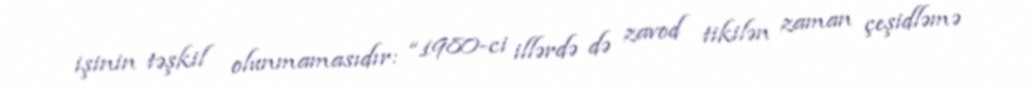
işinin təşkil olunmamasıdır: “1980-ci illərdə də zavod tikilən zaman çeşidləmə